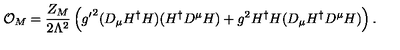
{ \cal O } _ { M } = \frac { Z _ { M } } { 2 \Lambda ^ { 2 } } \left( { g ^ { \prime } } ^ { 2 } ( D _ { \mu } H ^ { \dagger } H ) ( H ^ { \dagger } D ^ { \mu } H ) + g ^ { 2 } H ^ { \dagger } H ( D _ { \mu } H ^ { \dagger } D ^ { \mu } H ) \right) .